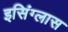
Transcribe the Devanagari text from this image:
इसिंग्लास